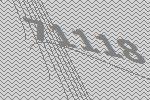
71118